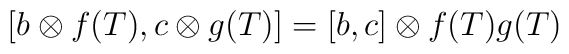
[b\otimes f(T), c\otimes g(T)]=[b, c] \otimes f(T)g(T)